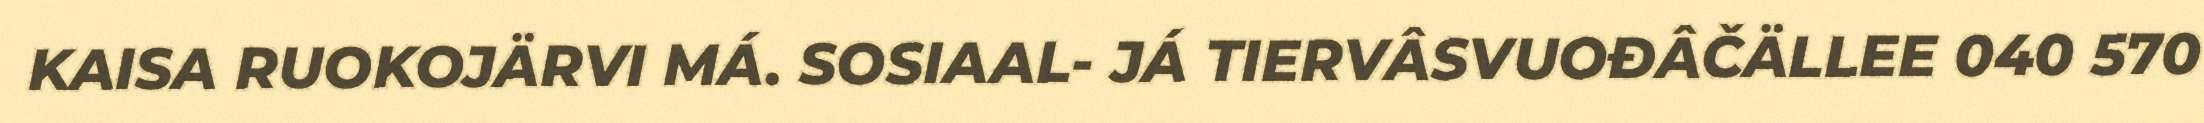
KAISA RUOKOJÄRVI MÁ. SOSIAAL- JÁ TIERVÂSVUOĐÂČÄLLEE 040 570